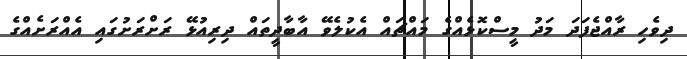
ދިވެހި ރާއްޖެފަދަ މަދު މީސްކޮޅެއްގެ މައްޗައް އެކުލެވޭ އާބާދީތައް ދިރިއުޅޭ ރަށްރަށުގައި އެއްރަށެއްގެ